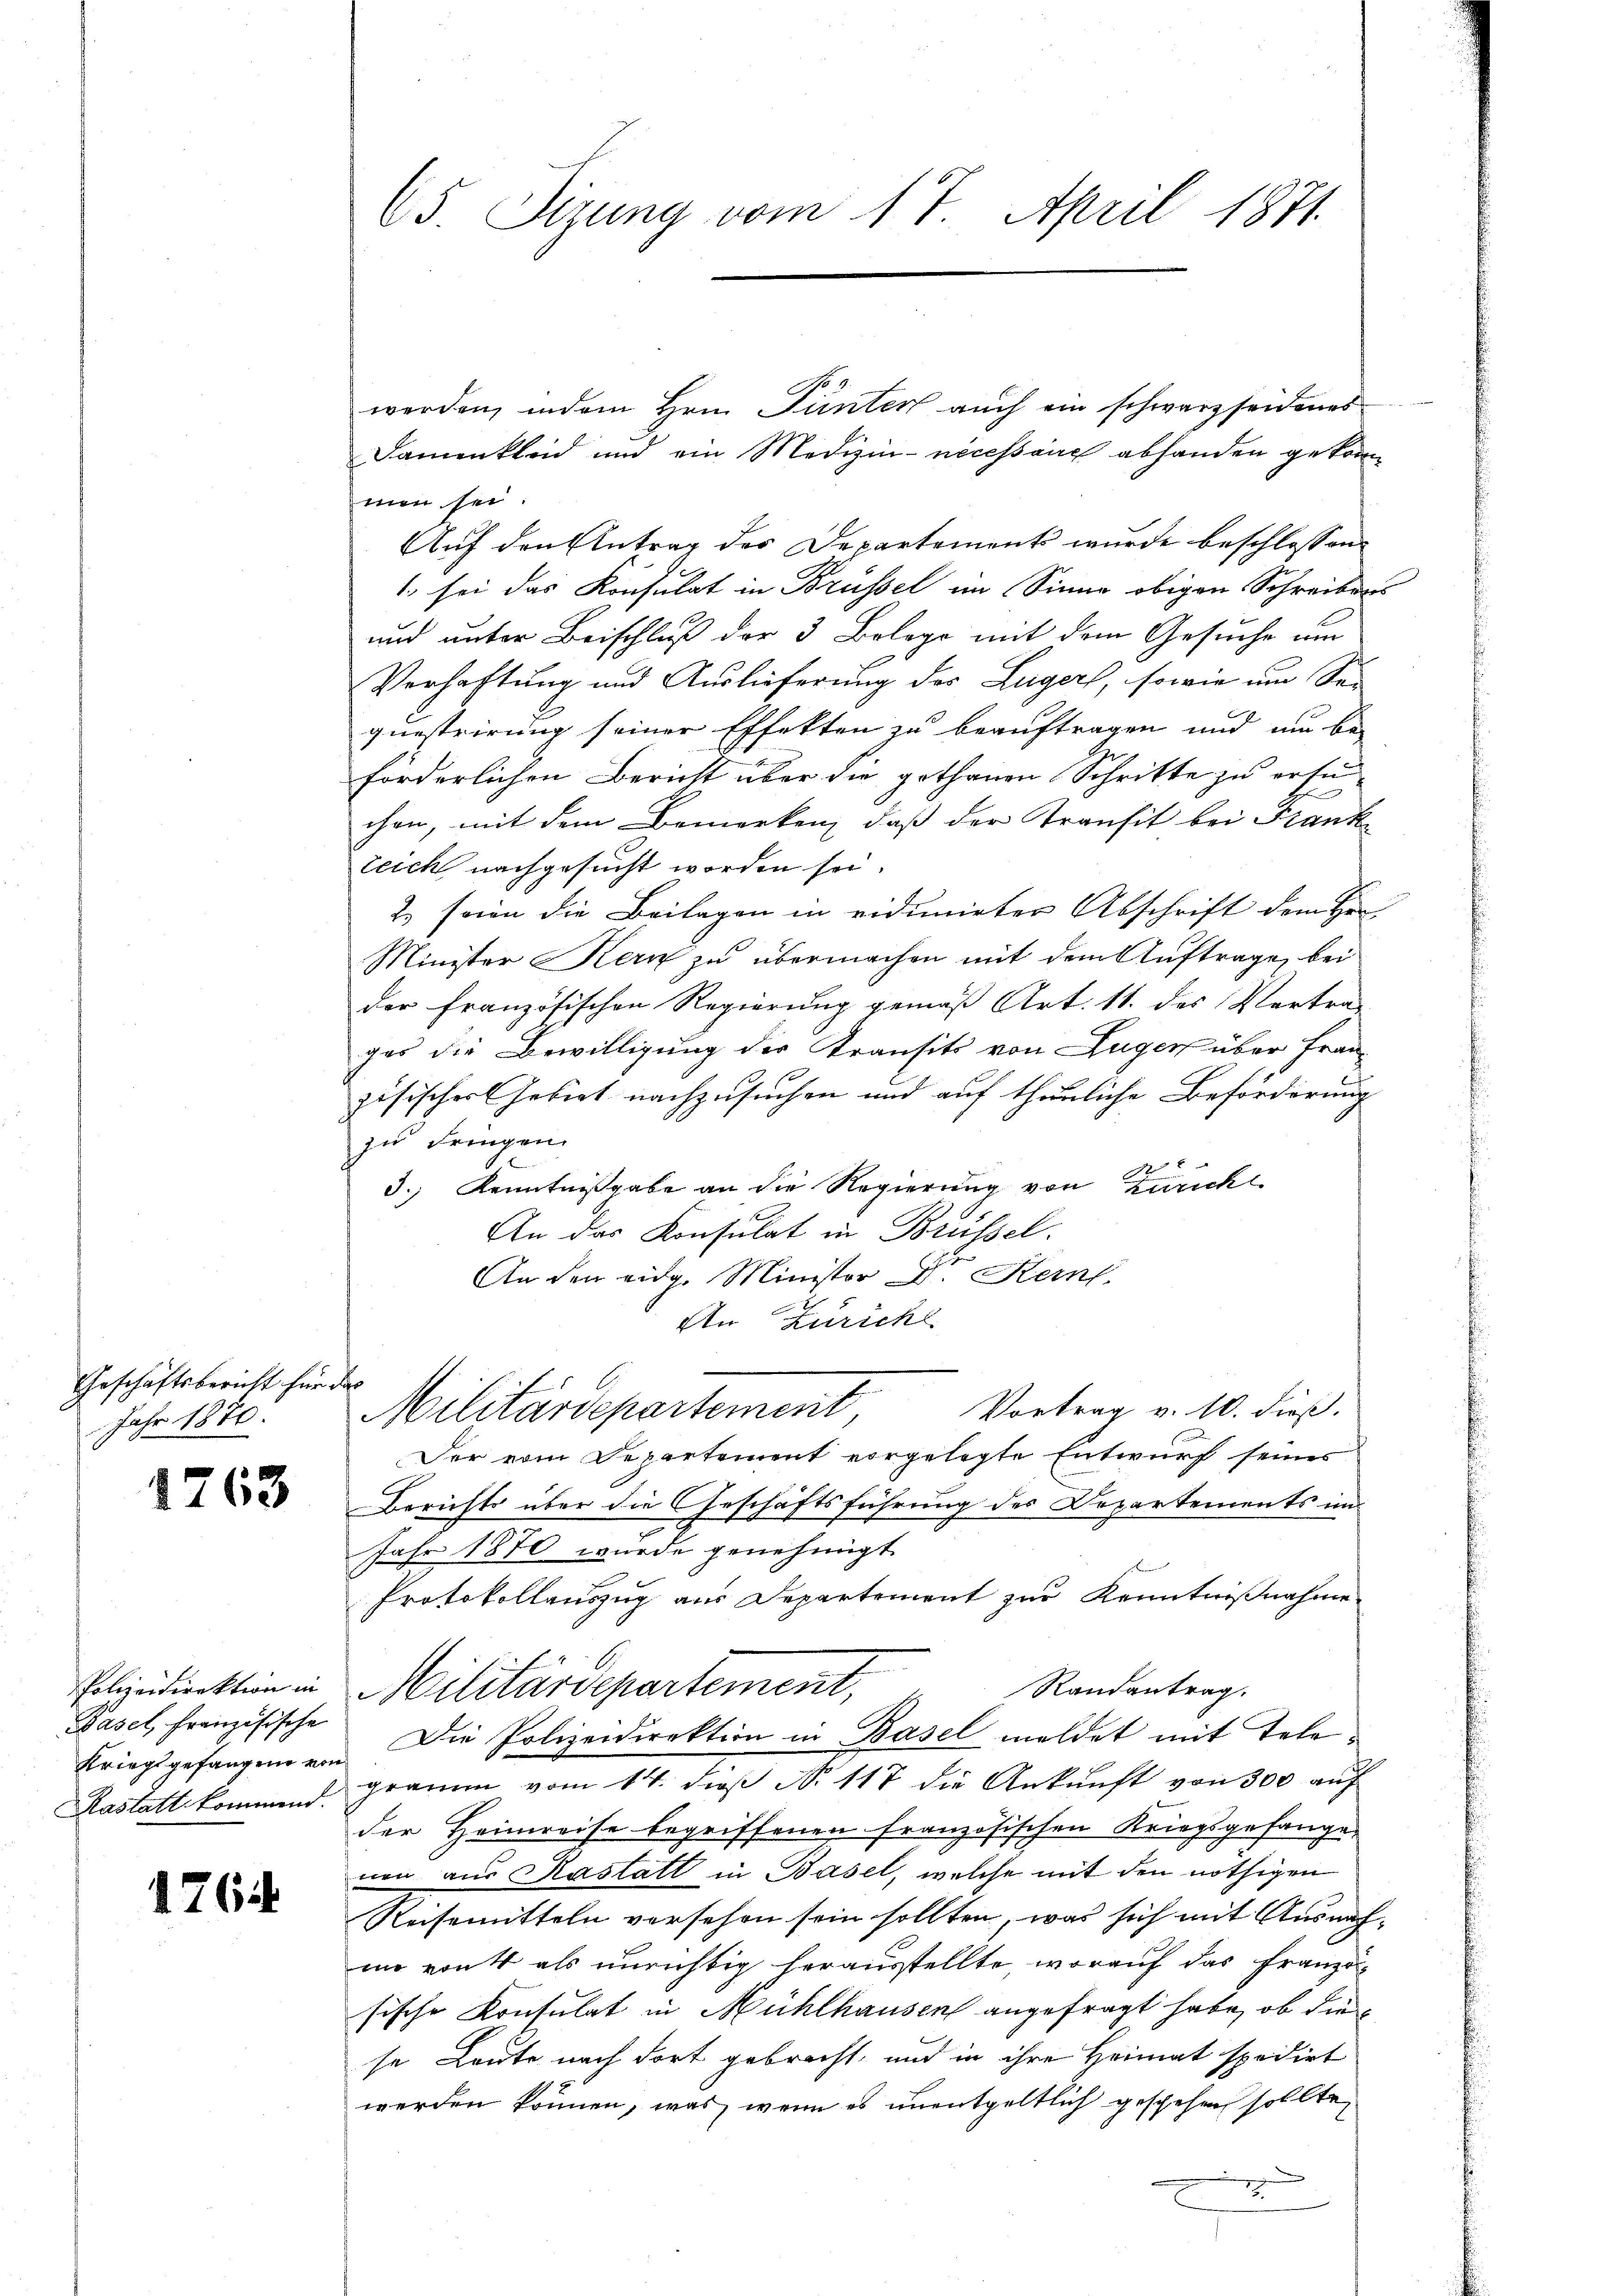
Geschäftsbericht für
Jahr 1870.

1763

Pasel, französische
Kriegsgefangene von
Kastatt kommend.

176

65. Sirung vom 17. April 1871.

werden, indem Hrn. Pünter auch ein schwarzseidenes
Samenkleid und ein Medizin- nécessaire abhanden gekom
men sei.
Auf den Antrag des Departements wurde beschlossen
1. sei das Konsulat in Brüssel im Sinne obigen Schreibens
und unter Beischluß der 3 Belege mit dem Gesuche nur
Verhaftung und Auslieferung des Lugers, sowie um Sa-
questrirung seiner Effekten zu beauftragen und am be-
förderlichen Bericht über die gothanen Schritte zu ersu
chen, mit dem Bemerken, daß der Transit bei Frankteich nachgesucht worden sei.
2. seien die Beilagen in vidunirter Abschrift dem Her
Minister Kern zu übermachen mit dem Auftrage, bei
der französischen Regierung gemäß Art. 11. des Vertra-
ges die Bewilligung der Transits von Zuger über Fran-
zösischer Gebiet nachzusuchen und auf thunliche Beförderung
zu dringen.
 x
3.) Kenntnißgabe an die Regierung von Züricht
An das Konsulat in Brüssel.
An den eidg. Ministor D. Kein
An Zürich
t
Vortrag v. 10. dieß.
Militärdepartement,
Der vom Departement vorgelegte Entwurf seiner
Berichts über die Geschäftsführung des Departements im
Jahr 1870 wurde genehmigt.
Protokollauszug aus Departement zur Kenntnißnahme
Polizeidirektion in Militärdepartement,
Randantrag.
Die Polizeidirektion in Basel meldet mit Telegramm vom 14. dieß No 117 die Ankunft von 300 auf
der Heimreise begriffenen Französischen Kriegsgefange
nen aus Kastatt in Basel, welche mit den nöthigen
Reisemitteln versehen sein sollten, was sich mit Ausnah-
in von 4 als unrichtig herausstellte, worauf das Französische Konsulat in Mühlhausen angefragt habe, ob die
se Leute nach dort gebracht, und in ihre Heimat spedirt
werden können, was, wenn es unentgeltlich geschehen sollte,